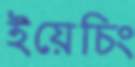
ইয়েচিং